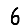
Digit: 6